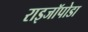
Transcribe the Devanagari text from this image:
राइजॉपोडा